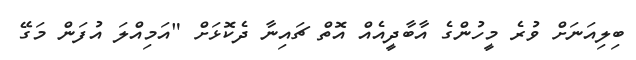
ބިލިއަނަށް ވުރެ މީހުންގެ އާބާދީއެއް އޮތް ޗައިނާ ދެކޮޅަށް "އަމިއްލަ އުފަން މަަގޭ